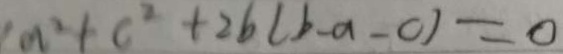
a ^ { 2 } + c ^ { 2 } + 2 b ( b - a - c ) = 0